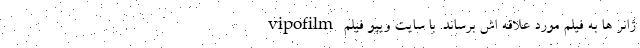
ژانر ها به فیلم مورد علاقه اش برساند. با سایت ویپو فیلم vipofilm